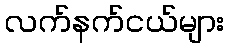
လက်နက်ငယ်များ